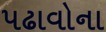
પઢાવોના